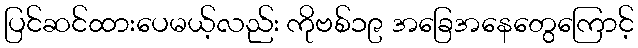
ပြင်ဆင်ထားပေမယ့်လည်း ကိုဗစ်၁၉ အခြေအနေတွေကြောင့်